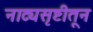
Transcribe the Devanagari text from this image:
नाट्यसृष्टीतून